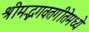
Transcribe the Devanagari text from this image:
श्रीमद्भगवतगीतेमध्ये